Reports on dispensaries and lunatic asylums in the Province of Oudh - 1869-1876
Year: 1869
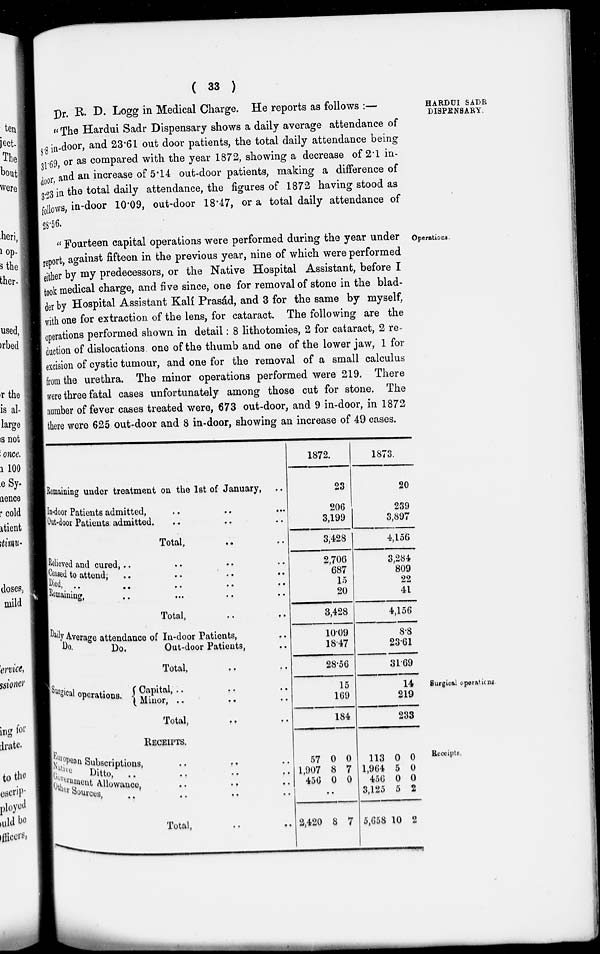
( 33 )
HARDUI SADR
DISPENSARY.
Dr. R. D. Logg in Medical Charge. He reports as follows :—
" The Hardui Sadr Dispensary shows a daily average attendance of
8.8 in-door, and 23.61 out door patients, the total daily attendance being
31.69, or as compared with the year 1872, showing a decrease of 2.1 in-
door and an increase of 5.14 out-door patients, making a difference of
3. 23 in the total daily attendance, the figures of 1872 having stood as
follows, in-door 10.09, out-door 18.47, or a total daily attendance of
28.56.
Operations.
" Fourteen capital operations were performed during the year under
report, against fifteen in the previous year, nine of which were performed
either by my predecessors, or the Native Hospital Assistant, before I
took medical charge, and five since, one for removal of stone in the blad-
der by Hospital Assistant Kalí Prasád, and 3 for the same by myself,
with one for extraction of the lens, for cataract. The following are the
operations performed shown in detail: 8 lithotomies, 2 for cataract, 2 re-
duction of dislocations one of the thumb and one of the lower jaw, 1 for
excision of cystic tumour, and one for the removal of a small calculus
from the urethra. The minor operations performed were 219. There
were three fatal cases unfortunately among those cut for stone. The
number of fever cases treated were, 673 out-door, and 9 in-door, in 1872
there were 625 out-door and 8 in-door, showing an increase of 49 cases.
Remaining under treatment on the 1st of January, ..
In-door Patients admitted, .. .. ..
Out-door Patients admitted. .. .. ..
Total, .. ..
Relieved and cured, .. .. .. ..
Ceased to attend, .. .. .. ..
Died, .. .. .. ..
o' .. .. .. ..
Total, .. ..
Daily Average attendance of In-door Patients, ..
Do.
Do.
Out-door Patients, ..
Total, .. ..
1872.
23
206
3,199
3,428
2,706
687
15
20
3,428
10.09
18.47
28.56
1873.
20
239
3,897
4,156
3,284
809
22
41
4,156
8.8
23.61
31.69
Surgical operations
Surgical operations. Capital, .. .. ..
Minor, .. .. ..
Total, .. .. ..
15
169
184
14
219
233
Receipts.
RECEIPTS.
European Subscriptions, .. .. ..
Native Ditto, .. .. .. ..
Government Allowance, .. .. .. ..
Other Sources, .. .. .. ..
Total, .. ..
57
1,907
456
0
8
0
0
7
0
..
2,420 8 7
113
1,964
456
3,125
5,658
0
5
0
5
10
0
0
0
2
2